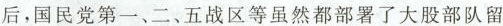
后，国民党第一、二、五战区等虽然都部署了大股部队留